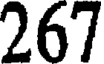
267